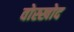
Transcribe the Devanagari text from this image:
वोस्खोद